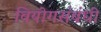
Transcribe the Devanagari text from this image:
वियोगसंबंधी